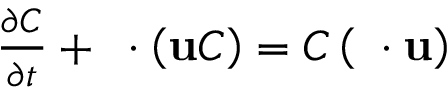
\begin{array} { r } { \frac { \partial C } { \partial t } + \mathbf { \nabla } \cdot \left( \mathbf { u } C \right) = C \left( \mathbf { \nabla } \cdot \mathbf { u } \right) } \end{array}